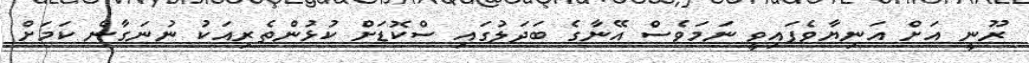
ރޫނީ އަށް އަނިޔާވެފައިވީ ނަމަވެސް އޭނާގެ ބަދަލުގައި ސްކޮޑަށް ކުޅުންތެރިއަކު ނުނަގާނެ ކަމަށް